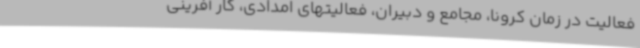
فعالیت در زمان کرونا، مجامع و دبیران، فعالیتهای امدادی، کار آفرینی